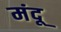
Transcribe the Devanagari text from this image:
मंदू